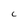
Character: C